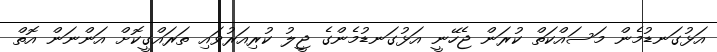
އަޅުގަނޑުމެން މަސައްކަތް ކުރަން ޖެހޭނީ އަޅުގަނޑުމެންގެ ޖީލު ކުރިއަރުވައި ތަރައްގީކޮށް އަންނަން އޮތް